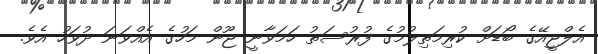
އެލްޖީއޭގެ ބޯޑަށް ކުރިމަތިލުމުގެ ފުރުސަތު ހަމަވާނީ ޖޫން މަހުގެ އެއްވަނަ ދުވަހު އެވެ.